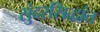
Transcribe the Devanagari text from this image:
सुंदरसिद्धांत